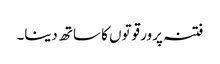
فتنہ پرور قوتوں کا ساتھ دینا۔